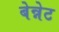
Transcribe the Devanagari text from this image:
बेन्नेट